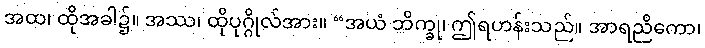
အထ၊ ထိုအခါ၌။ အဿ၊ ထိုပုဂ္ဂိုလ်အား။ “အယံ ဘိက္ခု၊ ဤရဟန်းသည်။ အာရညိကော၊